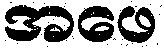
အဖေ